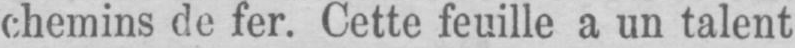
chemins de fer. Cette feuille a un talent